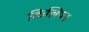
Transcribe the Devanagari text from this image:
किलियन